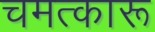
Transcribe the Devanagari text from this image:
चमत्कारू